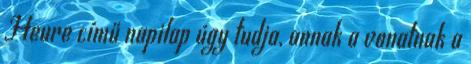
Heure című napilap úgy tudja, annak a vonatnak a